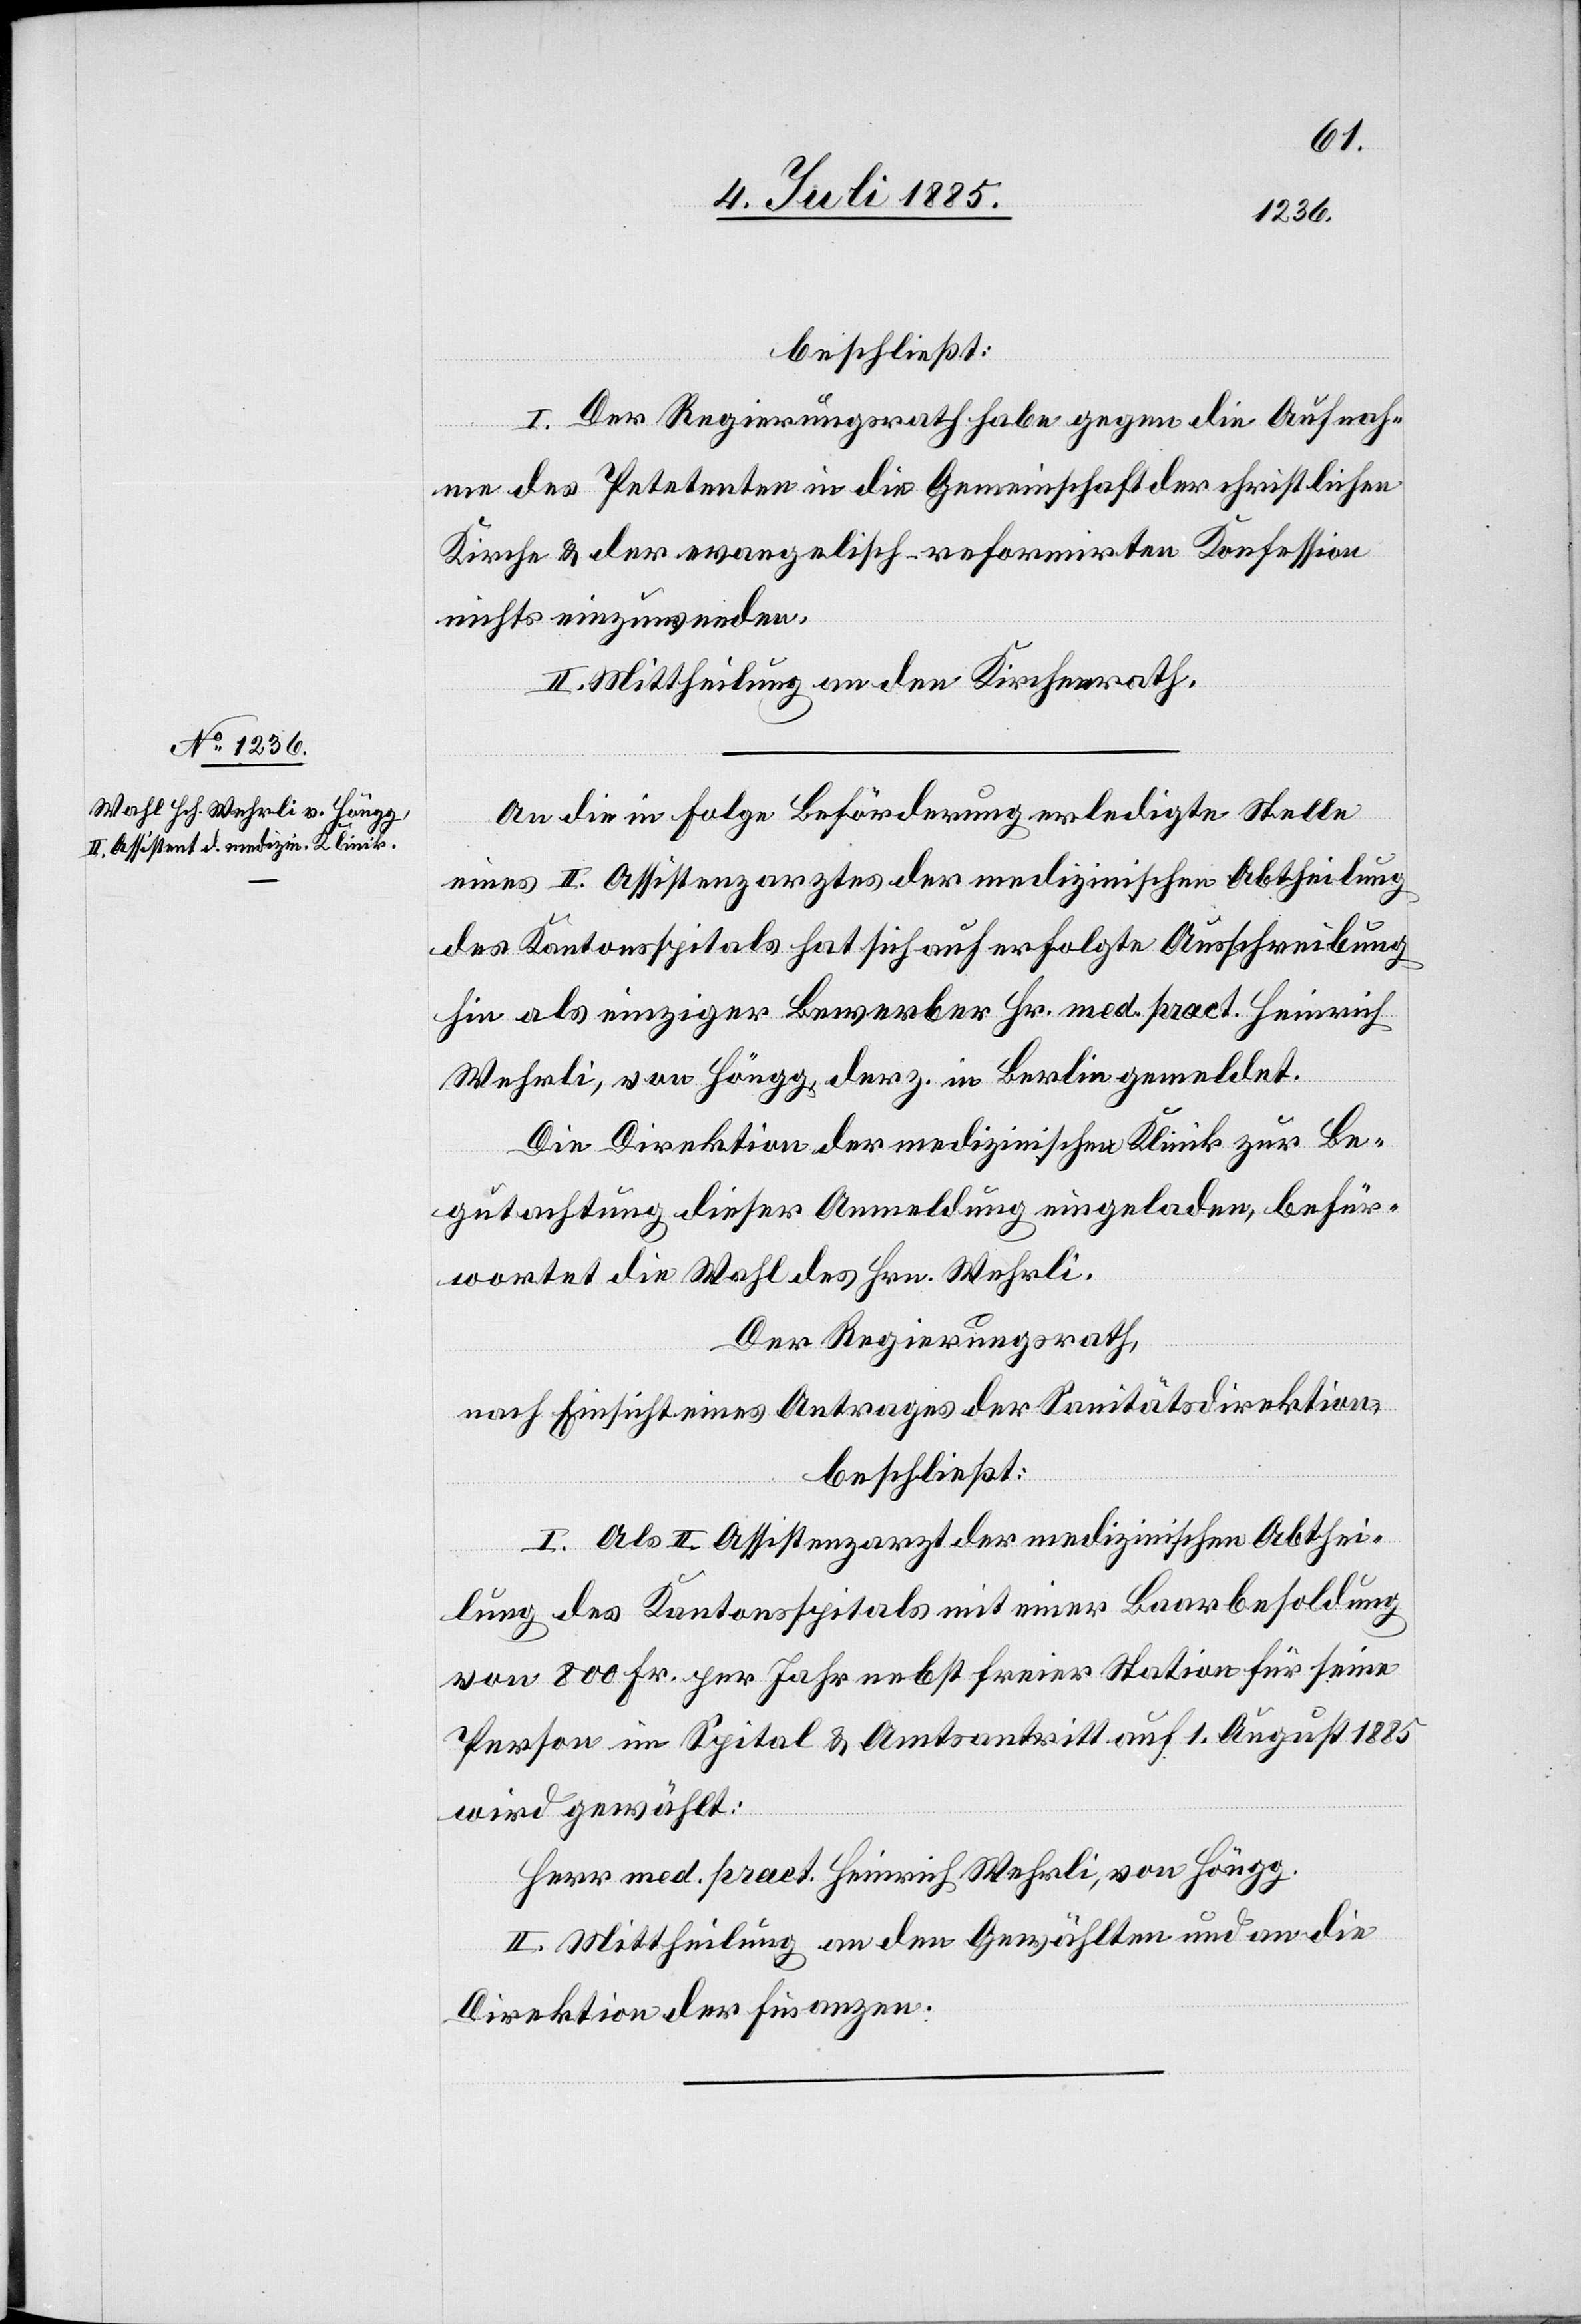
beschließt:
I. Der Regierungsrath habe gegen die Aufnah¬
me des Petenten in die Gemeinschaft der christlichen
Kirche & der evangelisch-reformirten Konfession
nichts einzuwenden.
II. Mittheilung an den Kirchenrath.
An die in Folge Beförderung erledigte Stelle
eines II. Assistenzarztes der medizinischen Abtheilung
des Kantonsspitals hat sich auf erfolgte Ausschreibung
hin als einziger Bewerber Hr. med. pract. Heinrich
Wehrli, von Höngg, derz. in Berlin gemeldet.
Die Direktion der medizinischen Klinik zur Be¬
gutachtung dieser Anmeldung eingeladen, befür¬
wortet die Wahl des Hrn. Wehrli.
Der Regierungsrath,
nach Einsicht eines Antrages der Sanitätsdirektion,
beschließt:
I. Als II. Assistenzarzt der medizinischen Abthei¬
lung des Kantonsspitals mit einer Baarbesoldung
von 800 Fr. per Jahr nebst freier Station für seine
Person im Spital & Amtsantritt auf 1. August 1885
wird gewählt:
Herr med. pract. Heinrich Wehrli, von Höngg.
II. Mittheilung an den Gewählten und an die
Direktion der Finanzen.